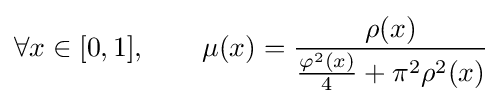
\forall x\in [0,1],\qquad \mu (x)={\frac {\rho (x)}{{\frac {\varphi ^{2}(x)}{4}}+\pi ^{2}\rho ^{2}(x)}}